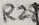
Text: R28